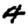
Digit: 4